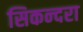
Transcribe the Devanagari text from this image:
सिकन्‍दरा